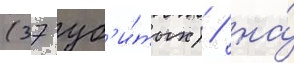
(37 уб'и́тых) / на́